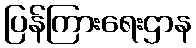
ပြန်ကြားရေးဌာန